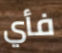
فأي